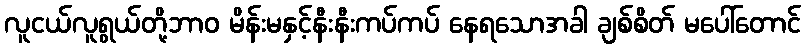
လူငယ်လူရွယ်တို့ဘာဝ မိန်းမနှင့်နီးနီးကပ်ကပ် နေရသောအခါ ချစ်စိတ် မပေါ်တောင်